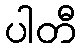
ပါတီ